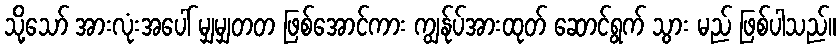
သို့သော် အားလုံးအပေါ် မျှမျှတတ ဖြစ်အောင်ကား ကျွန်ုပ်အားထုတ် ဆောင်ရွက် သွား မည် ဖြစ်ပါသည်။